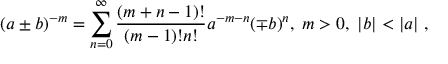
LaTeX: ( a \pm b ) ^ { - m } = \sum _ { n = 0 } ^ { \infty } \frac { ( m + n - 1 ) ! } { ( m - 1 ) ! n ! } a ^ { - m - n } ( \mp b ) ^ { n } , \; m > 0 , \; | b | < | a | \; ,